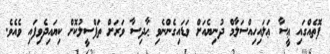
ފޮތެއްގައި ޢީސާ ޢަލައިހިއްސަލާމް ދުނިޔެއަށް ވަޑައިގެންނެވި ޙާދިސާ ވަރަށް ތަފްސީލުކޮށް ކިޔައިދެވިފައި ވެއެވެ.